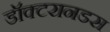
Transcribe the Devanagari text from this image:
डॉक्टरानडस